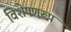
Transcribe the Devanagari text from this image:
विशेषणरूप